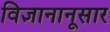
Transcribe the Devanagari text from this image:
विज्ञानानूसार